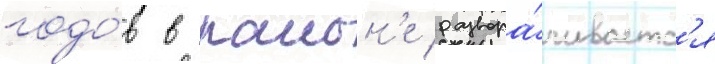
годо́в в раион'е развора́чиваетс'я